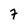
Character: 7